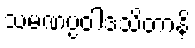
သမဏပ္ပဝါဒသိတာနိ